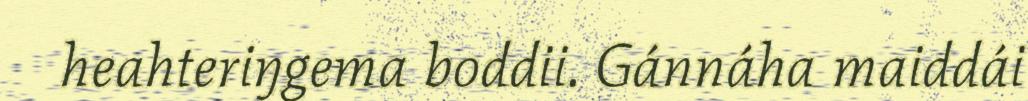
heahteriŋgema boddii. Gánnáha maiddái